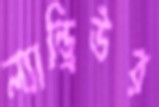
ল্যান্ড্রিউর